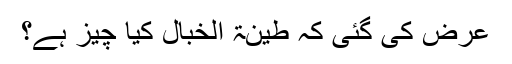
عرض کی گئی کہ طینۃ الخبال کیا چیز ہے؟